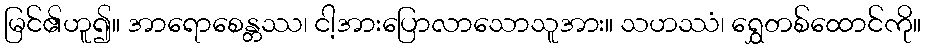
မြင်၏ဟူ၍။ အာရောစေန္တဿ၊ ငါ့အားပြောလာသောသူအား။ သဟဿံ၊ ရွှေတစ်ထောင်ကို။